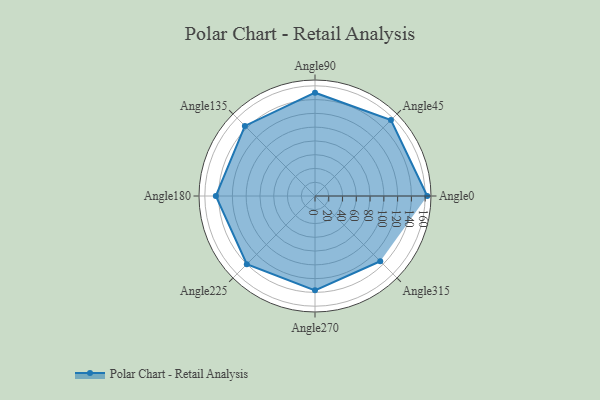
{"axis": {"x": "Angle", "y": "Radius"}, "legend": [""], "data": [{"x": "Angle0", "y": 163.0, "type": ""}, {"x": "Angle45", "y": 156.0, "type": ""}, {"x": "Angle90", "y": 150.0, "type": ""}, {"x": "Angle135", "y": 144.0, "type": ""}, {"x": "Angle180", "y": 144.0, "type": ""}, {"x": "Angle225", "y": 140.0, "type": ""}, {"x": "Angle270", "y": 137.0, "type": ""}, {"x": "Angle315", "y": 134.0, "type": ""}]}